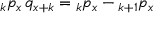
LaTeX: { } _ { k } p _ { x } \, q _ { x + k } = { } _ { k } p _ { x } - { } _ { k + 1 } p _ { x }